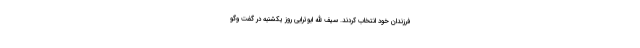
فرزندان خود انتخاب کردند. سیف الله ابوترابی روز یکشنبه در گفت وگو